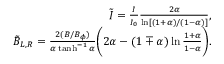
\begin{array} { r l r } & { } & { \tilde { I } = \frac { I } { I _ { 0 } } \frac { 2 \alpha } { \ln [ ( 1 + \alpha ) / ( 1 - \alpha ) ] } , } \\ & { } & { \tilde { B } _ { L , R } = \frac { 2 ( B / B _ { \phi } ) } { \alpha \operatorname { t a n h } ^ { - 1 } \alpha } \biggl ( 2 \alpha - ( 1 \mp \alpha ) \ln \frac { 1 + \alpha } { 1 - \alpha } \biggr ) . } \end{array}